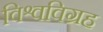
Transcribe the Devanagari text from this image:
विश्वविग्रह